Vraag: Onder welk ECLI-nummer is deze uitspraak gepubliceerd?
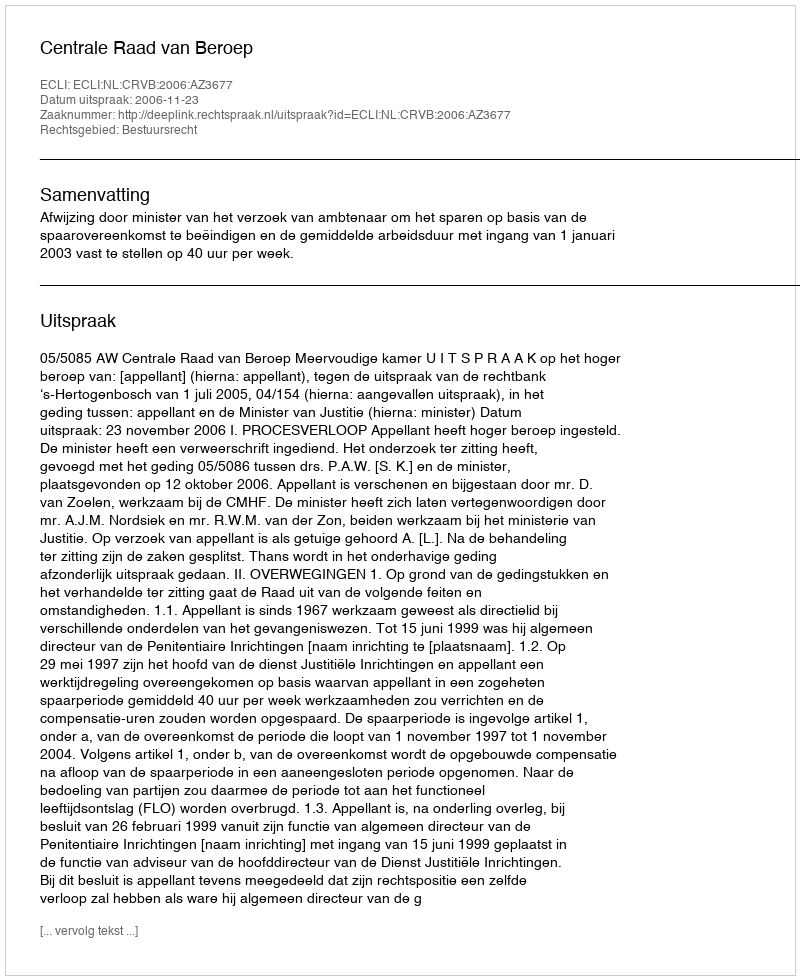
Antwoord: ECLI:NL:CRVB:2006:AZ3677